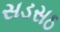
સડસઠ